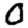
Digit: 0